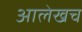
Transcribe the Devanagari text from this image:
अालेखच